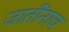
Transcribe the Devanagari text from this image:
जातींनाच